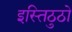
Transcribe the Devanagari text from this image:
इस्तिठुठो